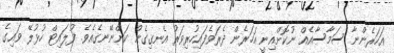
އަހަރެންނާ ސަމާސާއެއް ނުކޮށްއިނީ އަހަރެން ދެރަވެފައިހުރިވަރު އެނގިގެން ކަންނޭނގެއެވެ. ފުލައިޓް ހުޅުލޭ ވައިގެ